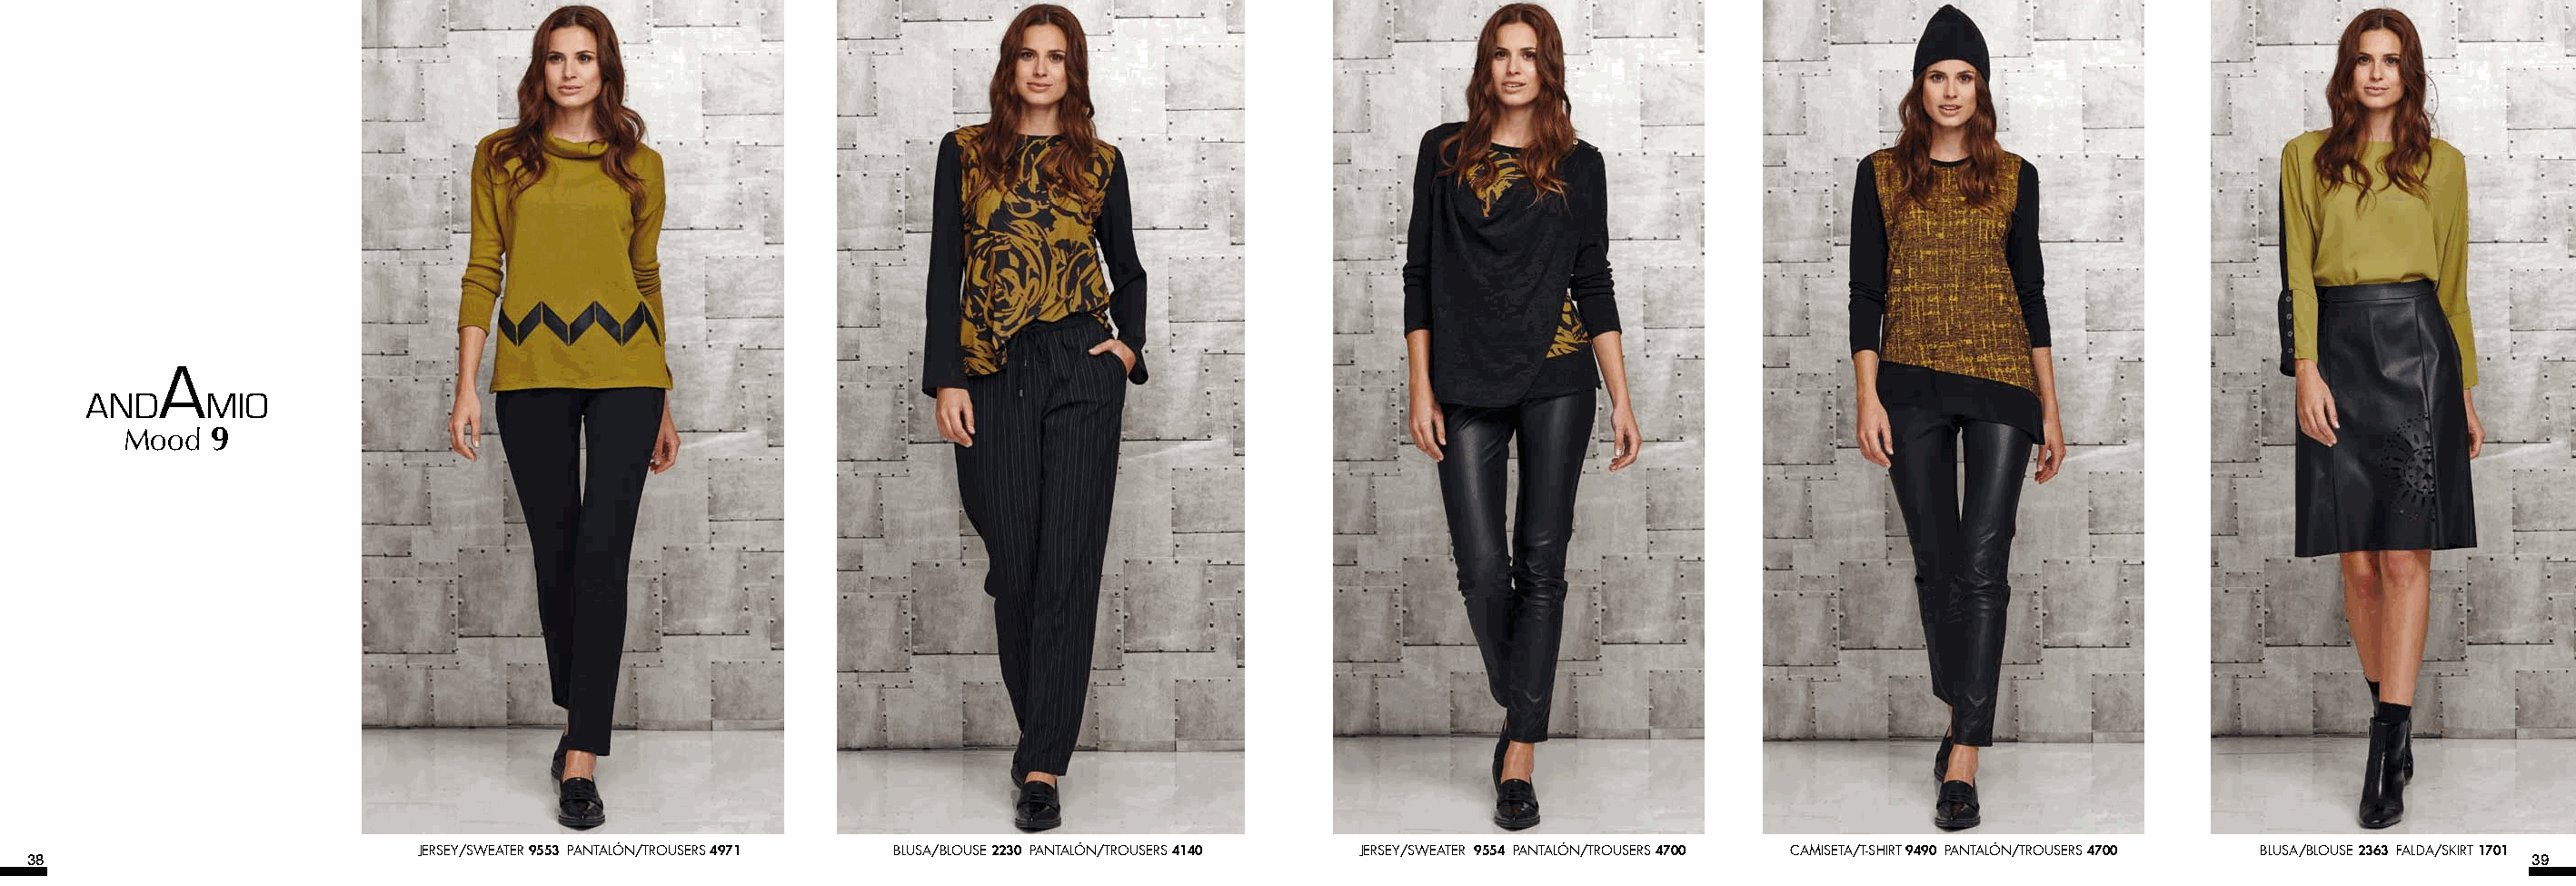
Mood  9
 JERSEY/SWEATER 9553 PANTALÓN/TROUSERS 4971 BLUSA/BLOUSE 2230 PANTALÓN/TROUSERS 4140 JERSEY/SWEATER 9554 PANTALÓN/TROUSERS 4700 CAMISETA/T-SHIRT 9490 PANTALÓN/TROUSERS 4700 BLUSA/BLOUSE 2363 FALDA/SKIRT 1701
 38                                                                                                                                                                                    39